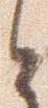
と